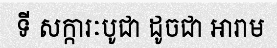
ទី សក្ការៈបូជា ដូចជា អារាម